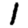
Digit: 1